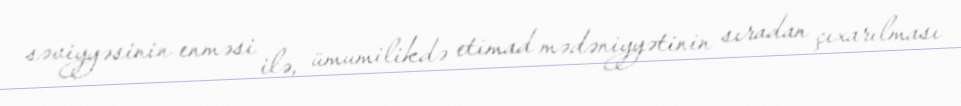
səviyyəsinin enməsi ilə, ümumilikdə etimad mədəniyyətinin sıradan çıxarılması